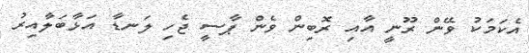
އެކަމަކު ވޭން ރޫނީ އާއި ރޮބިން ވެން ޕާސީ ޖެހި ލަނޑާ އަޅާބަލާއިރު